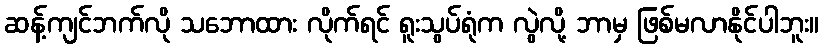
ဆန့်ကျင်ဘက်လို သဘောထား လိုက်ရင် ရူးသွပ်ရုံက လွဲလို့ ဘာမှ ဖြစ်မလာနိုင်ပါဘူး။